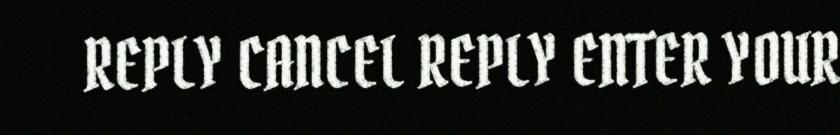
REPLY CANCEL REPLY ENTER YOUR